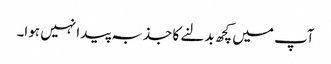
آپ میں کچھ بدلنے کا جذبہ پیدا نہیں ہوا۔